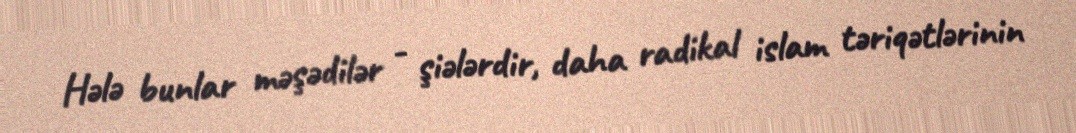
Hələ bunlar məşədilər - şiələrdir, daha radikal islam təriqətlərinin